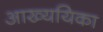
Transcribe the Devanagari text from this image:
आख्ययिका